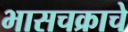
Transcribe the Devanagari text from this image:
भासचक्राचे